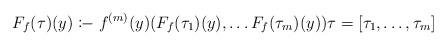
LaTeX: \begin{align*} F_f(\tau)(y) \coloneq f^{(m)} (y) (F_f (\tau_1)(y), \ldots F_f (\tau_m)(y)) \tau = [\tau_1, \ldots , \tau_m] \end{align*}